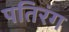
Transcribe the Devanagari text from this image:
पतिरंग